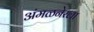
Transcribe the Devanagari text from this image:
अंमळनेरला